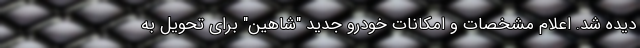
دیده شد. اعلام مشخصات و امکانات خودرو جدید "شاهین" برای تحویل به